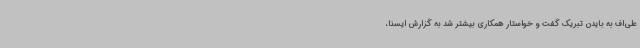
علی‌اف به بایدن تبریک گفت و خواستار همکاری بیشتر شد به گزارش ایسنا،